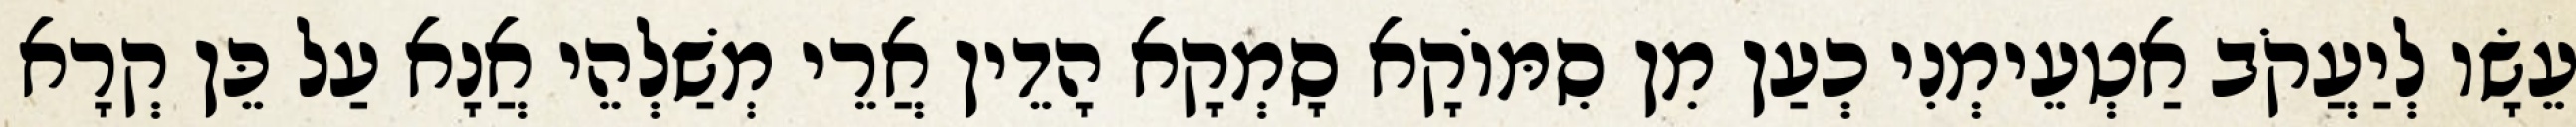
עֵשָׂו לְיַעֲקֹב אַטְעֵימְנִי כְעַן מִן סִמּוֹקָא סָמְקָא הָדֵין אֲרֵי מְשַׁלְהֵי אֲנָא עַל כֵּן קְרָא